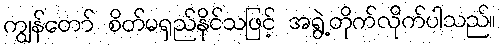
ကျွန်တော် စိတ်မရှည်နိုင်သဖြင့် အရွဲ့တိုက်လိုက်ပါသည်။